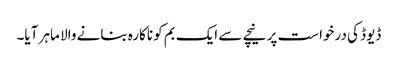
ڈیوڈ کی درخواست پر نیچے سے ایک بم کو ناکارہ بنانے والا ماہر آیا۔